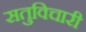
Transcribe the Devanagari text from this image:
सतुविचारी